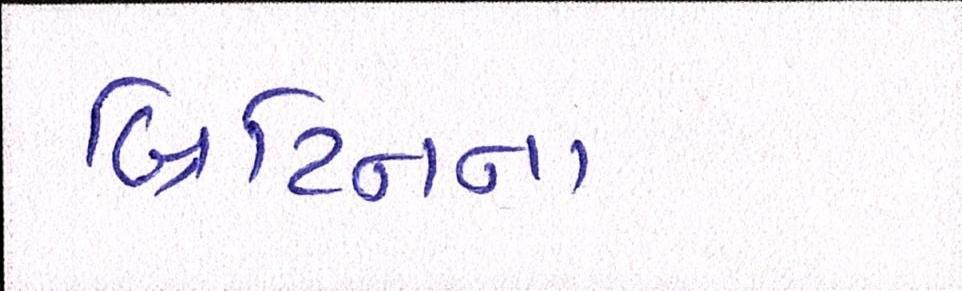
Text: બ્રિટિનના